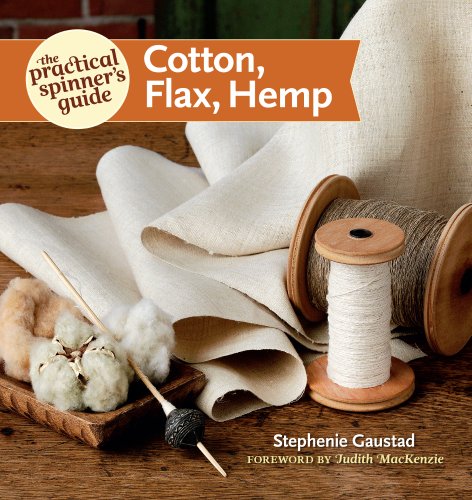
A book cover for The Practical Spinner's Guide - Cotton, Flax, Hemp (Practical Spinner's Guides); Stephenie Gaustad; Crafts, Hobbies & Home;